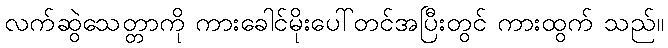
လက်ဆွဲသေတ္တာကို ကားခေါင်မိုးပေါ်တင်အပြီးတွင် ကားထွက် သည်။